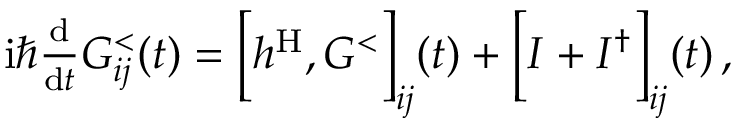
\begin{array} { r } { \mathrm { i } \hbar \frac { \mathrm { d } } { \mathrm { d } t } G _ { i j } ^ { < } ( t ) = \Big [ h ^ { \mathrm { H } } , G ^ { < } \Big ] _ { i j } ( t ) + \Big [ I + I ^ { \dagger } \Big ] _ { i j } ( t ) \, , } \end{array}